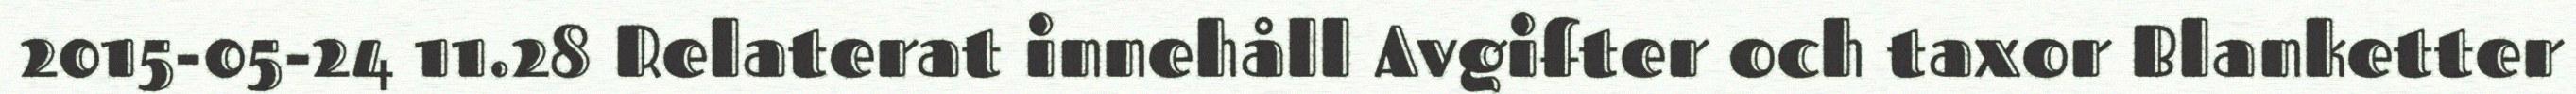
2015-05-24 11.28 Relaterat innehåll Avgifter och taxor Blanketter